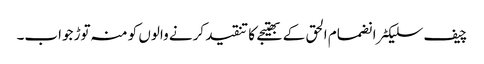
چیف سلیکٹر انضمام الحق کے بھتیجے کا تنقید کرنے والوں کو منہ توڑ جواب۔